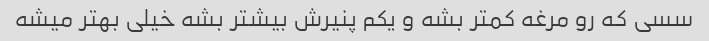
سسی که رو مرغه کمتر بشه و یکم پنیرش بیشتر بشه خیلی بهتر میشه